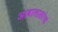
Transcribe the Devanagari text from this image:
आबालालांचा